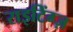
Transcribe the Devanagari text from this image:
राइटिंग्ज़